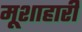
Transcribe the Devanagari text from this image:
मूशाहारी